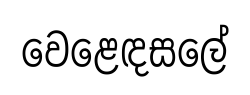
වෙළෙඳසලේ